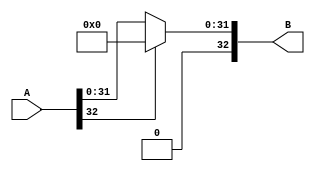
`timescale 1ns / 1ps
//////////////////////////////////////////////////////////////////////////////////
// Company: 
// Engineer: 
// 
// Design Name: 
// Module Name: relu
// Project Name: 
// Target Devices: 
// Tool Versions: 
// Description: 
// 
// Dependencies: 
// 
// Revision:
// Revision 0.01 - File Created
// Additional Comments:
// 
//////////////////////////////////////////////////////////////////////////////////


module relu(
    input       [32:0]      A   ,
    output      [32:0]      B
    );

    assign B = A[32] == 1'b0 ? A : 33'b0;
endmodule